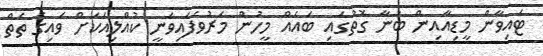
ޓައިވާން މީޑިއާއިން ބުނާ ގޮތުގައި ބައެއް މީހުން މަރުވެފައިވަނީ ކުއްލިއަކަށް ވައިގެ ތެތް